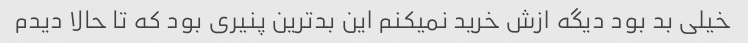
خیلی بد بود دیگه ازش خرید نمیکنم این بدترین پنیری بود که تا حالا دیدم